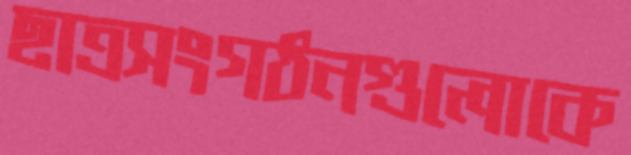
ছাত্রসংগঠনগুলোকে